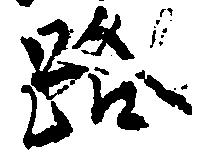
路